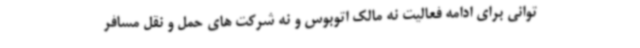
توانی برای ادامه فعالیت نه مالک اتوبوس و نه شرکت های حمل و نقل مسافر